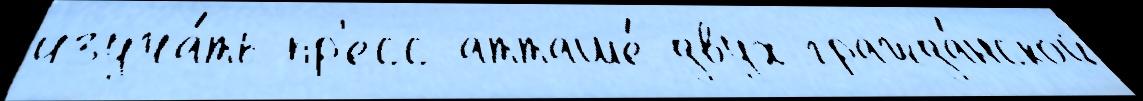
изуча́ть пр'есс-атташе́ двух гражда́нской